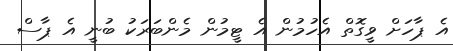
އެ ޕާހަށް ވީގޮތް އެހުމުން އެ ޓީމުން މެންބަރަކު ބުނީ އެ ޕާސް